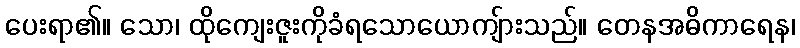
ပေးရာ၏။ သော၊ ထိုကျေးဇူးကိုခံရသောယောကျ်ားသည်။ တေနအဓိကာရေန၊